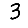
Digit: 3